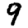
Digit: 9